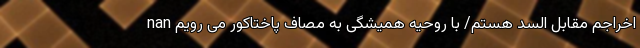
اخراجم مقابل السد هستم/ با روحیه همیشگی به مصاف پاختاکور می رویم nan